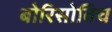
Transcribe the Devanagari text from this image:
बोरिसोविच